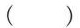
()